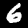
Label: 6